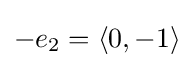
-e_{2}=\langle 0,-1\rangle